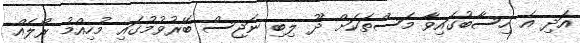
އަދި އެ ހިސާބުގައިވާ މަސްތަކަށް ދޫ ލިބި ނަޖިސް ބޭރުވުމުގައި މުހިއްމު ރޯލެއް